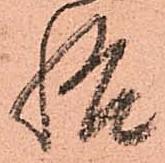
悟